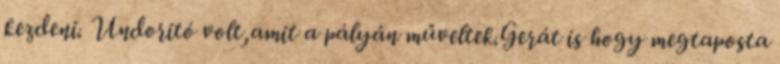
kezdeni. Undoritó volt,amit a pályán műveltek.Gerát is hogy megtaposta